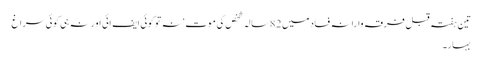
تین ہفتہ قبل فرقہ وارانہ فساد میں 82سالہ شخص کی موت‘ نہ تو کوئی ایف ائی او رنہ ہی کوئی سراغ
بہار۔